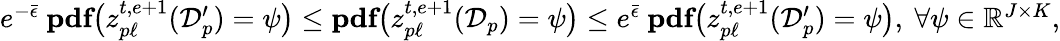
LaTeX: \begin{array}{r}{e^{-\bar{\epsilon}}\ \textbf{pdf}\big(z_{p\ell}^{t,e+1}(\mathcal{D}_{p}^{\prime})=\psi\big)\leq\textbf{pdf}\big(z_{p\ell}^{t,e+1}(\mathcal{D}_{p})=\psi\big)\leq e^{\bar{\epsilon}}\ \textbf{pdf}\big(z_{p\ell}^{t,e+1}(\mathcal{D}_{p}^{\prime})=\psi\big),\ \forall\psi\in\mathbb{R}^{J\times K},}\end{array}